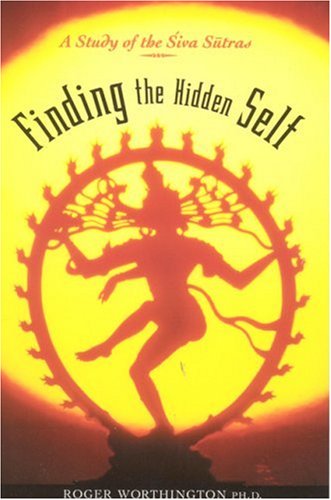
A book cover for Finding The Hidden Self: A Study of the Siva Sutras; Roger Worthington; Religion & Spirituality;